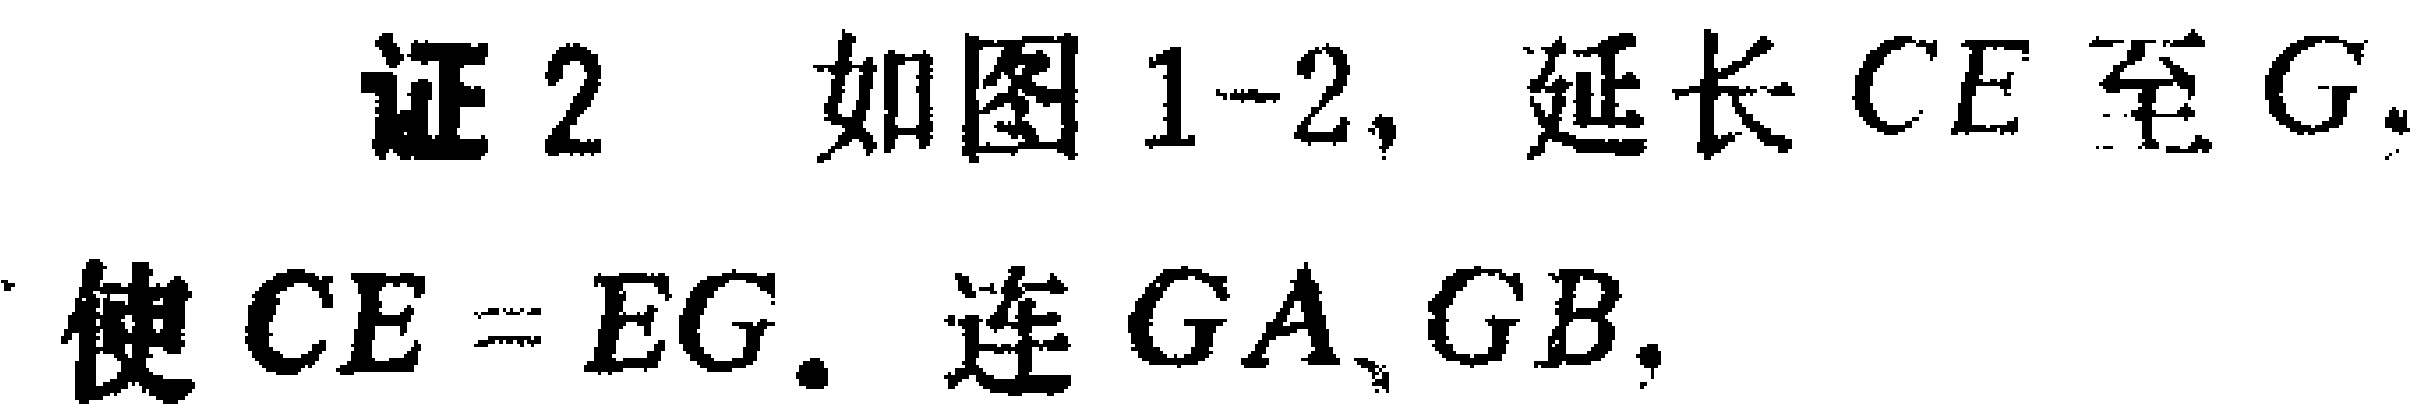
证 2 如图 1-2, 延长 \(CE\) 至 \(G\). 使 \(CE = EG\). 连 \(GA\)、\(GB\).